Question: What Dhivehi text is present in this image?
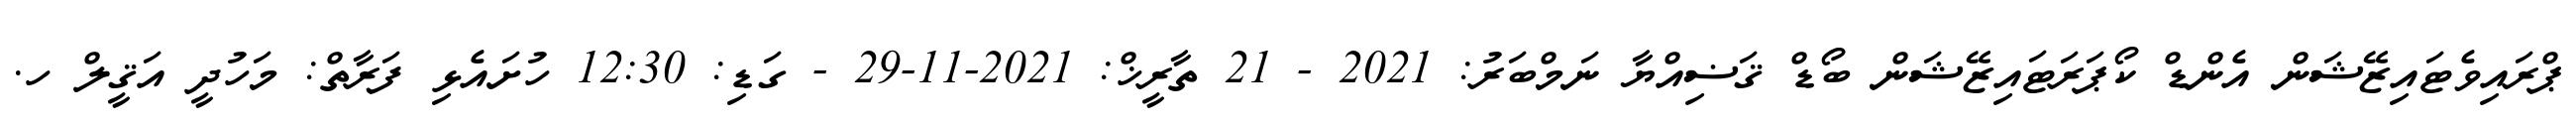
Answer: ޕްރައިވެޓައިޒޭޝަން އެންޑް ކޯޕަރަޓައިޒޭޝަން ބޯޑް ޤަޟިއްޔާ ނަމްބަރު: 2021 - 21 ތާރީޚް: 2021-11-29 - ގަޑި: 12:30 ހުށައެޅި ފަރާތް: މަހުދީ އަޤީލް ހ.